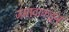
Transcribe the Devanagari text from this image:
जमावाकडून